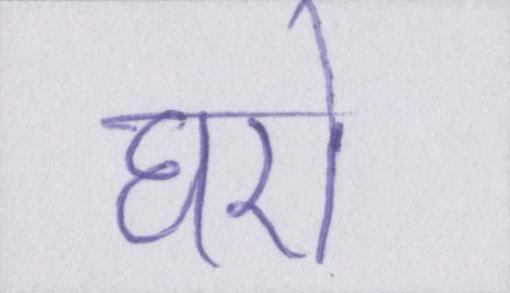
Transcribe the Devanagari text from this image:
घरों